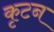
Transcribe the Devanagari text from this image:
कृटन